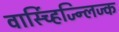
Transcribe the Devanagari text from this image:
वार्स्च्हिज्न्लिज्क